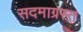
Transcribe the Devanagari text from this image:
सदमाग्रस्त